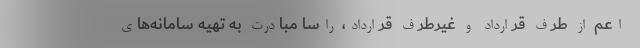
اعم از طرف قرارداد و غیرطرف قرارداد، راسا مبادرت به تهیه سامانه‌های